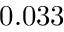
0 . 0 3 3